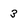
Character: 3